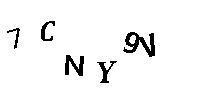
7CNY9V